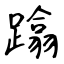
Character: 蹹